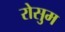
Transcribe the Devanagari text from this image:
रोसुम